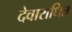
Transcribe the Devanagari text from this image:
देवाराधित